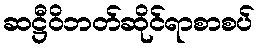
ဆဋ္ဌီဝိဘတ်ဆိုင်ရာစာစပ်